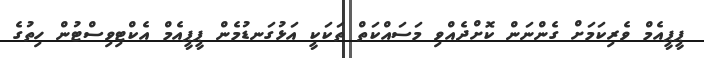
ޕީޕީއެމް ވެރިކަމަށް ގެންނަން ކޮށްދެއްވި މަސައްކަތް ތަކަކީ އަޅުގަނޑުމެން ޕީޕީއެމް އެކްޓިވިސްޓުން ހިތުގެ